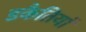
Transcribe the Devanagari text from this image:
डकैतियां